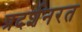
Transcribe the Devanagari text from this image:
प्रदर्शनरत